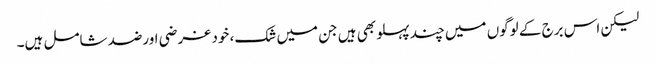
لیکن اس برج کے لوگوں میں چند پہلو بھی ہیں جن میں شک، خود غرضی اورضد شامل ہیں۔